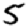
Digit: 5